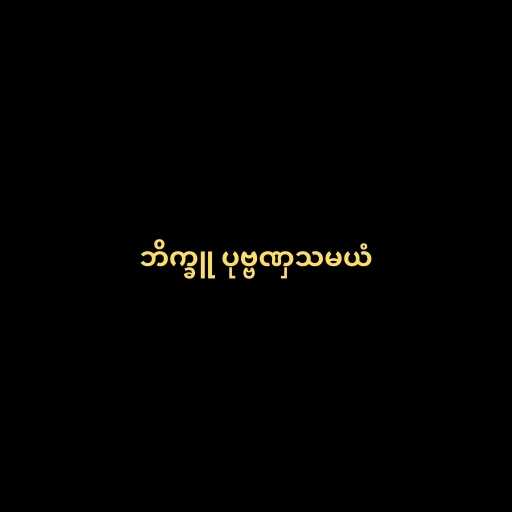
ဘိက္ခူ ပုဗ္ဗဏှသမယံ